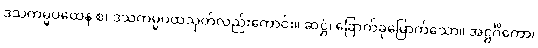
ဒသကမ္မပထေန စ၊ ဒသကမ္မပထသုတ်လည်းကောင်း။ ဆဋ္ဌံ၊ ခြောက်ခုမြောက်သော။ အဋ္ဌင်္ဂိကော၊